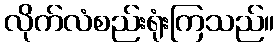
လိုက်လံစည်းရုံးကြသည်။